Indian journal of veterinary science and animal husbandry - Volume 8,
Year: 1938
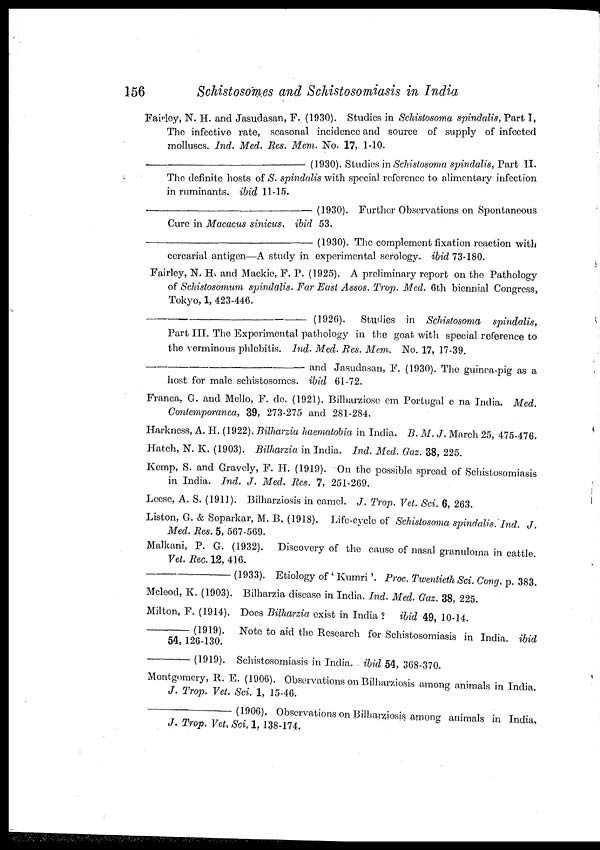
156
Schistosomes and Schistosomiasis in India
Fairley, N. H. and Jasudasan, F. (1930). Studies in Schistosoma spindalis, Part I,
The infective rate, seasonal incidence and source of supply of infected
molluscs. Ind. Med. Res. Mem. No. 17, 1-10.
—
(1930). Studies in Schistosoma spindalis, Part II.
The definite hosts of S. spindalis with special reference to alimentary infection
in ruminants. ibid 11-15.
—
(1930). Further Observations on Spontaneous
Cure in Macacus sinicus. ibid 53.
—(1930).
The complement fixation reaction with
cercarial antigen—A study in experimental serology. ibid 73-180.
Fairley, N. H. and Mackie, F. P. (1925). A preliminary report on the Pathology
of Schistosomum spindalis. Far East Assos. Trop. Med. 6th biennial Congress,
Tokyo, 1, 423-446.
—(1926).
Studies in Schistosoma
spindalis,
Part III. The Experimental pathology in the goat with special reference to
the verminous phlebitis. Ind. Med. Res. Mem. No. 17, 17-39.
—
and Jasudasan, F. (1930). The guinea-pig as a
host for male schistosomes. ibid 61-72.
Franca, G. and Mello, F. de. (1921). Bilharziose em Portugal e na India. Med.
Contemporanca, 39, 273-275 and 281-284.
Harkness, A. H. (1922). Bilharzia haematobia in India. B. M. J. March 25, 475-476.
Hatch, N. K. (1903). Bilharzia in India. Ind. Med. Gaz. 38, 225.
Kemp, S. and Gravely, F. H. (1919). On the possible spread of Schistosomiasis
in India. Ind. J. Med. Res. 7, 251-269.
Leese, A. S. (1911). Bilharziosis in camel. J. Trop. Vet. Sci. 6, 263.
Liston, G. & Soparkar, M. B. (1918). Life-cycle of Schistosoma spindalis. Ind. J.
Med. Res. 5, 567-569.
Malkani, P. G. (1932). Discovery of the cause of nasal granuloma in cattle.
Vet. Rec. 12, 416.
—(1933).
Etiology of ' Kumri'. Proc. Twentieth Sci. Cong. p. 383.
Meleod, K. (1903). Bilharzia disease in India. Ind. Med. Gaz. 38, 225.
Milton, F. (1914). Does Bilharzia exist in India ? ibid 49, 10-14.
—(1919) Note to aid the Research for Schistosomiasis in India. ibid
54,126-130.
—(1919).
Schistosomiasis in India. ibid 54, 368-370.
Montgomery, R. E. (1906). Observations on Bilharziosis among animals in India.
J. Trop. Vet. Sci. 1, 15-46.
—(1906). Observations on Bilharziosis among animals in India.
J. Trop. Vet. Sci. 1, 138-174,